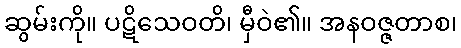
ဆွမ်းကို။ ပဋိသေဝတိ၊ မှီဝဲ၏။ အနဝဇ္ဇတာစ၊